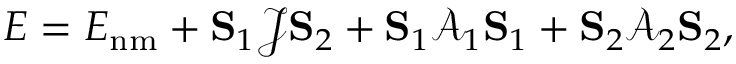
E = E _ { \mathrm { n m } } + { \bf S } _ { 1 } \mathcal { J } { \bf S } _ { 2 } + { \bf S } _ { 1 } \mathcal { A } _ { 1 } { \bf S } _ { 1 } + { \bf S } _ { 2 } \mathcal { A } _ { 2 } { \bf S } _ { 2 } ,